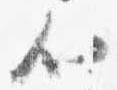
心